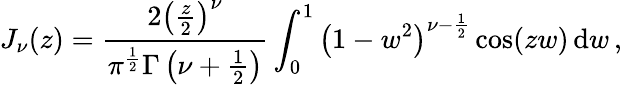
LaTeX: J_{\nu}(z)=\frac{2\left(\frac{z}{2}\right)^{\nu}}{\pi^{\frac{1}{2}}\Gamma\left(\nu+\frac{1}{2}\right)}\int_{0}^{1}\left(1-w^{2}\right)^{\nu-\frac{1}{2}}\cos(zw)\, \mathrm{d}w\, ,